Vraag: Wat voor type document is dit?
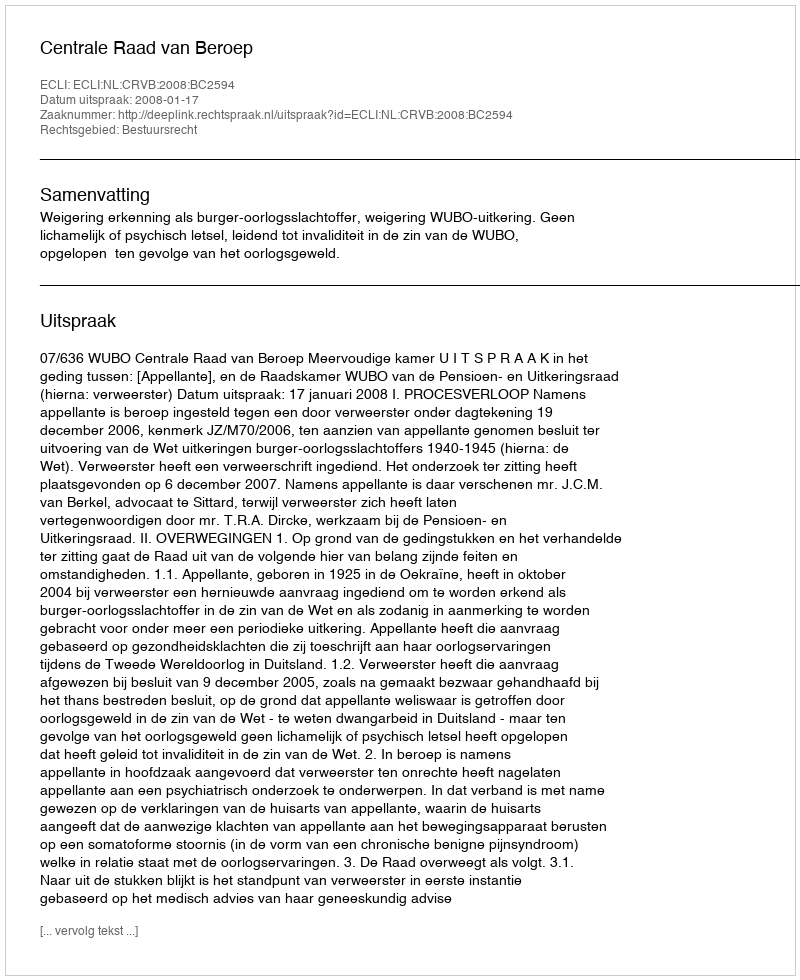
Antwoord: Uitspraak